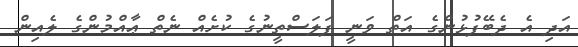
އަދި އެ ދެބޭފުޅުންގެ އަތް ވަނީ ފަލަސްތީނުގެ ކުށެއް ނެތް ޢާއްމުންގެ ލެއިން